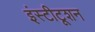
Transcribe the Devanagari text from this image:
इंस्टीटूशन